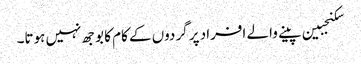
سکنجبین پینے والے افراد پر گردوں کے کام کا بوجھ نہیں ہوتا۔